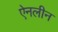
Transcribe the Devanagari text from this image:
ऐनलीन